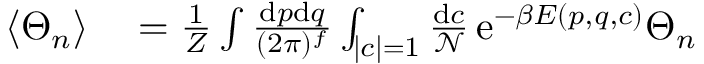
\begin{array} { r l } { \langle \Theta _ { n } \rangle } & { { } = \frac { 1 } { Z } \int \frac { \mathrm { d } p \mathrm { d } q } { ( 2 \pi ) ^ { f } } \int _ { | c | = 1 } \frac { \mathrm { d } c } { \mathcal { N } } \, \mathrm { e } ^ { - \beta E ( p , q , c ) } \Theta _ { n } } \end{array}